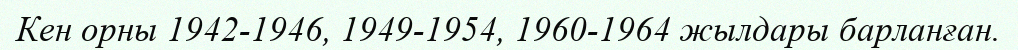
Кен орны 1942-1946, 1949-1954, 1960-1964 жылдары барланған.